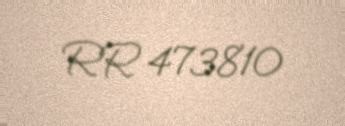
RR 473810